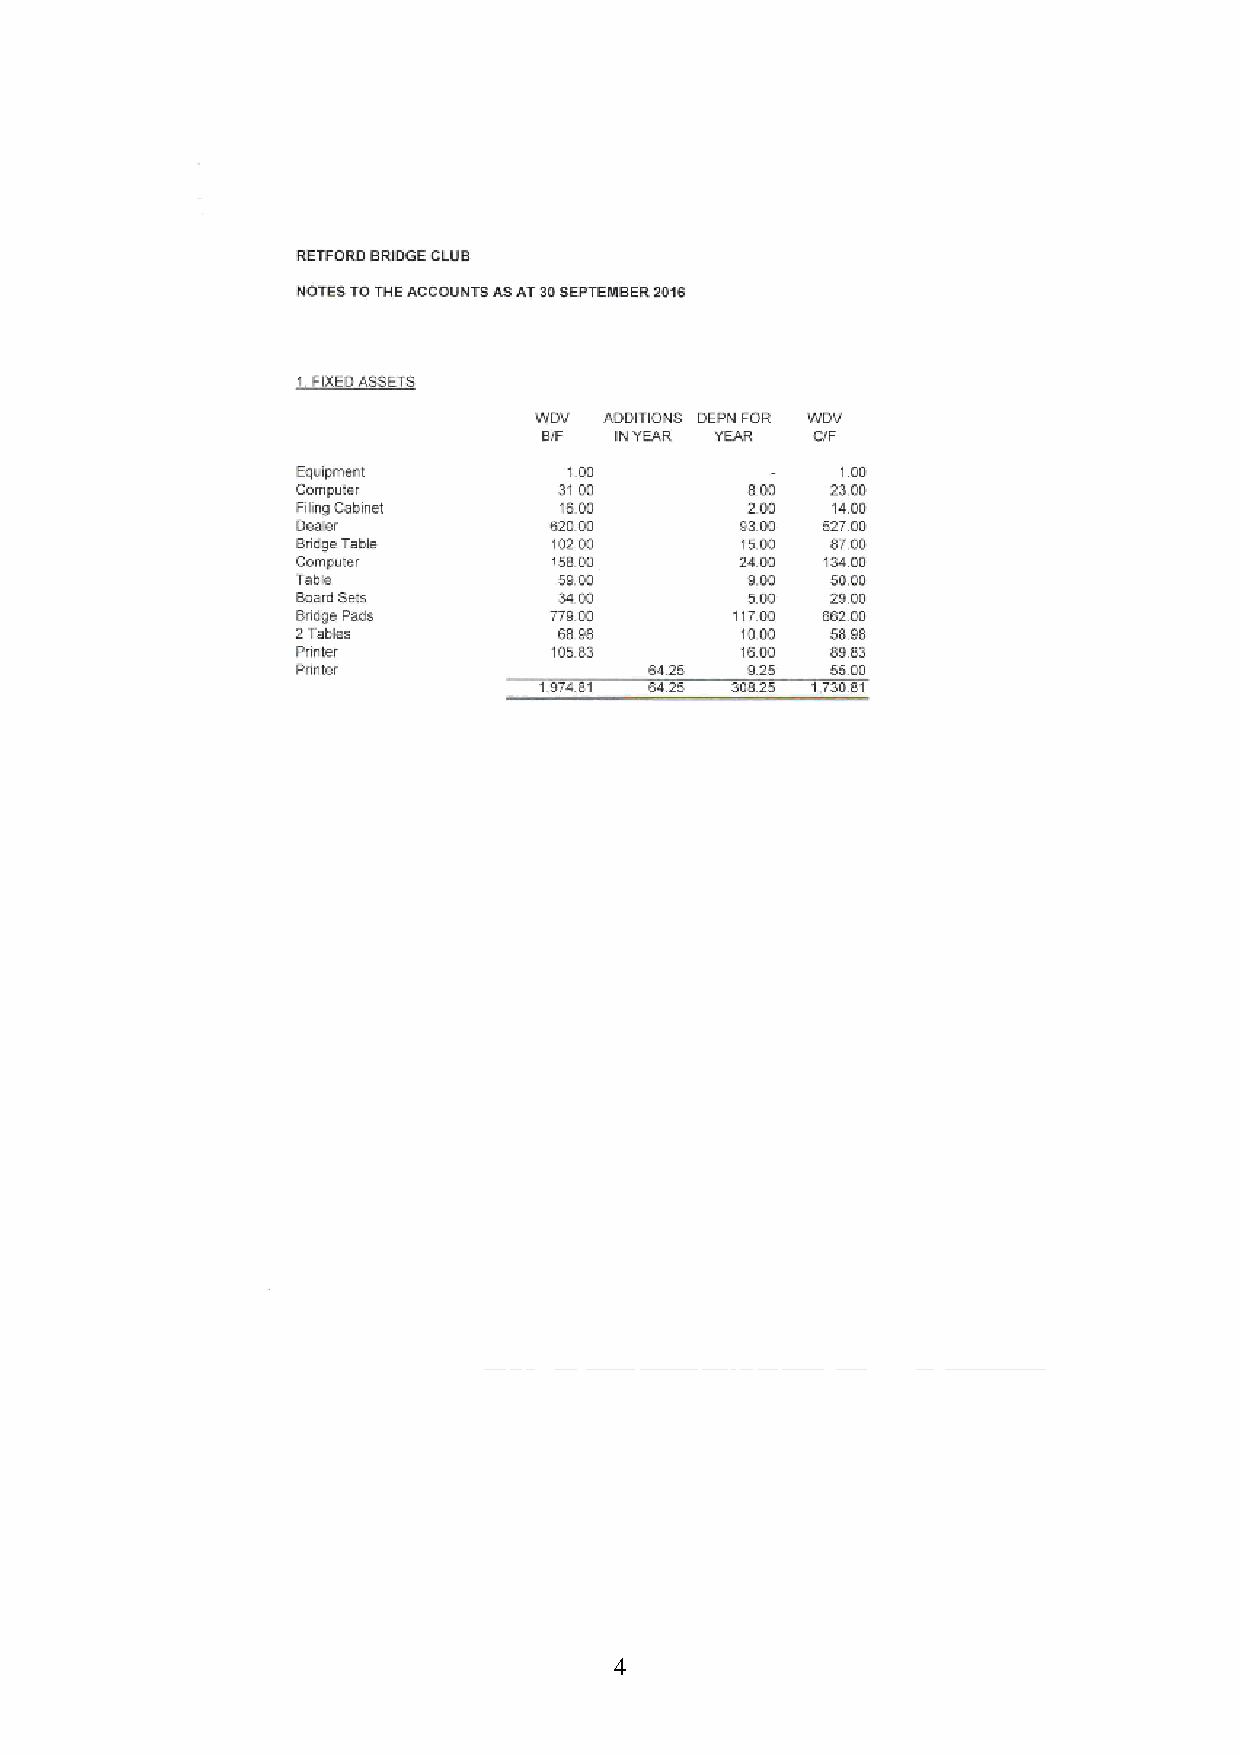
4